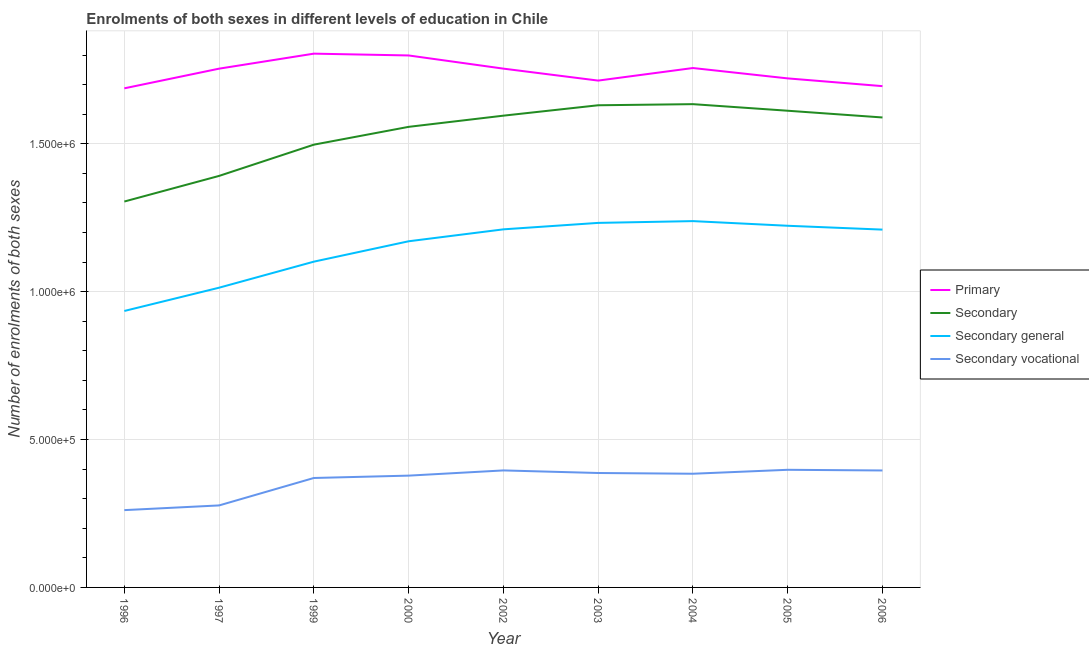
| Year | Primary | Secondary | Secondary general | Secondary vocational |
 | --- | --- | --- | --- | --- |
 | 1996 | 1.69e+06 | 1.3e+06 | 9.35e+05 | 2.61e+05 |
 | 1997 | 1.75e+06 | 1.39e+06 | 1.01e+06 | 2.77e+05 |
 | 1999 | 1.8e+06 | 1.5e+06 | 1.1e+06 | 3.7e+05 |
 | 2000 | 1.8e+06 | 1.56e+06 | 1.17e+06 | 3.78e+05 |
 | 2002 | 1.75e+06 | 1.59e+06 | 1.21e+06 | 3.96e+05 |
 | 2003 | 1.71e+06 | 1.63e+06 | 1.23e+06 | 3.87e+05 |
 | 2004 | 1.76e+06 | 1.63e+06 | 1.24e+06 | 3.84e+05 |
 | 2005 | 1.72e+06 | 1.61e+06 | 1.22e+06 | 3.98e+05 |
 | 2006 | 1.69e+06 | 1.59e+06 | 1.21e+06 | 3.95e+05 |